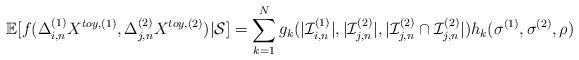
LaTeX: \begin{align*}\mathbb{E}[f(\Delta_{i,n}^{(1)}X^{toy,(1)},\Delta_{j,n}^{(2)}X^{toy,(2)})|\mathcal{S}]=\sum_{k=1}^N g_k(|\mathcal{I}_{i,n}^{(1)}|,|\mathcal{I}_{j,n}^{(2)}|,|\mathcal{I}_{j,n}^{(2)}\cap \mathcal{I}_{j,n}^{(2)}|)h_k(\sigma^{(1)},\sigma^{(2)},\rho)~~~~~~\end{align*}